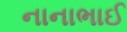
નાનાભાઈ